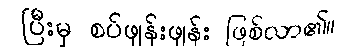
ပြီးမှ စပ်ဖျန်းဖျန်း ဖြစ်လာ၏။